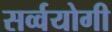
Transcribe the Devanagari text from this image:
सर्व्वयोगी